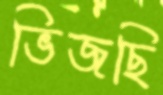
ভিজছি